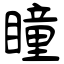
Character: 瞳